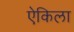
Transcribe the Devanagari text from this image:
ऐकिला